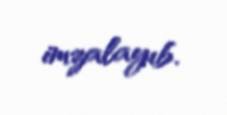
imzalayıb.